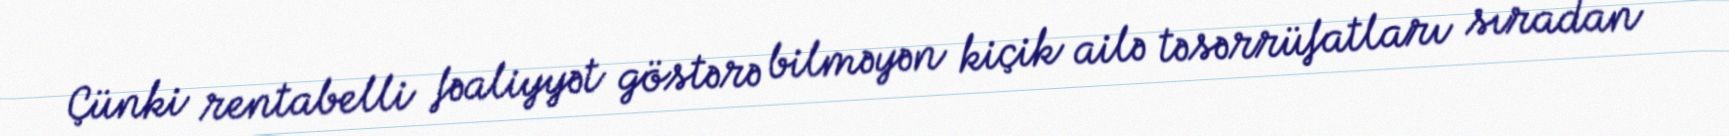
Çünki rentabelli fəaliyyət göstərə bilməyən kiçik ailə təsərrüfatları sıradan